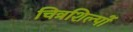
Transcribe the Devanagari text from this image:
चित्रशिल्पों